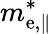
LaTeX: m_{\mathrm{e},\| }^{*}